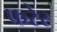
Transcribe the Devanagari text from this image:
फरेर